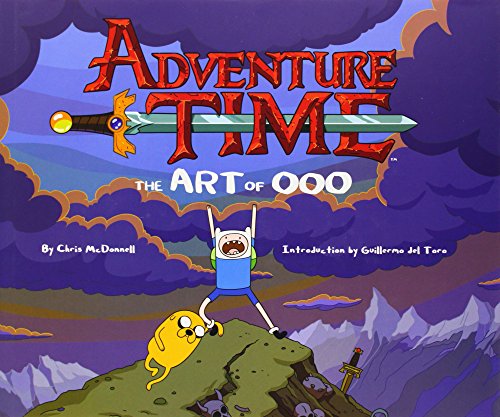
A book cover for Adventure Time: The Art of Ooo; Chris McDonnell; Humor & Entertainment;